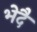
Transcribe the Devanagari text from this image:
भेदै